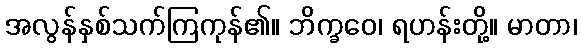
အလွန်နှစ်သက်ကြကုန်၏။ ဘိက္ခဝေ၊ ရဟန်းတို့။ မာတာ၊